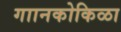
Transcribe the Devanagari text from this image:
गाानकोकिळा